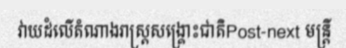
វាយដំលើតំណាងរាស្ត្រសង្គ្រោះជាតិPost-next មន្ត្រី